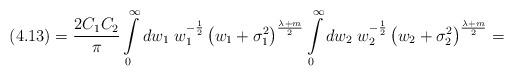
LaTeX: \begin{align*}(4.13)=\frac {2C_1C_2} {\pi} \int\limits_0^{\infty}dw_1\;w_1^{-\frac {1} {2}}\left(w_1+{\sigma}_1^2\right)^{\frac {\lambda+m} {2}}\int\limits_0^{\infty}dw_2\;w_2^{-\frac {1} {2}}\left(w_2+{\sigma}_2^2\right)^{\frac {\lambda+m} {2}}=\end{align*}